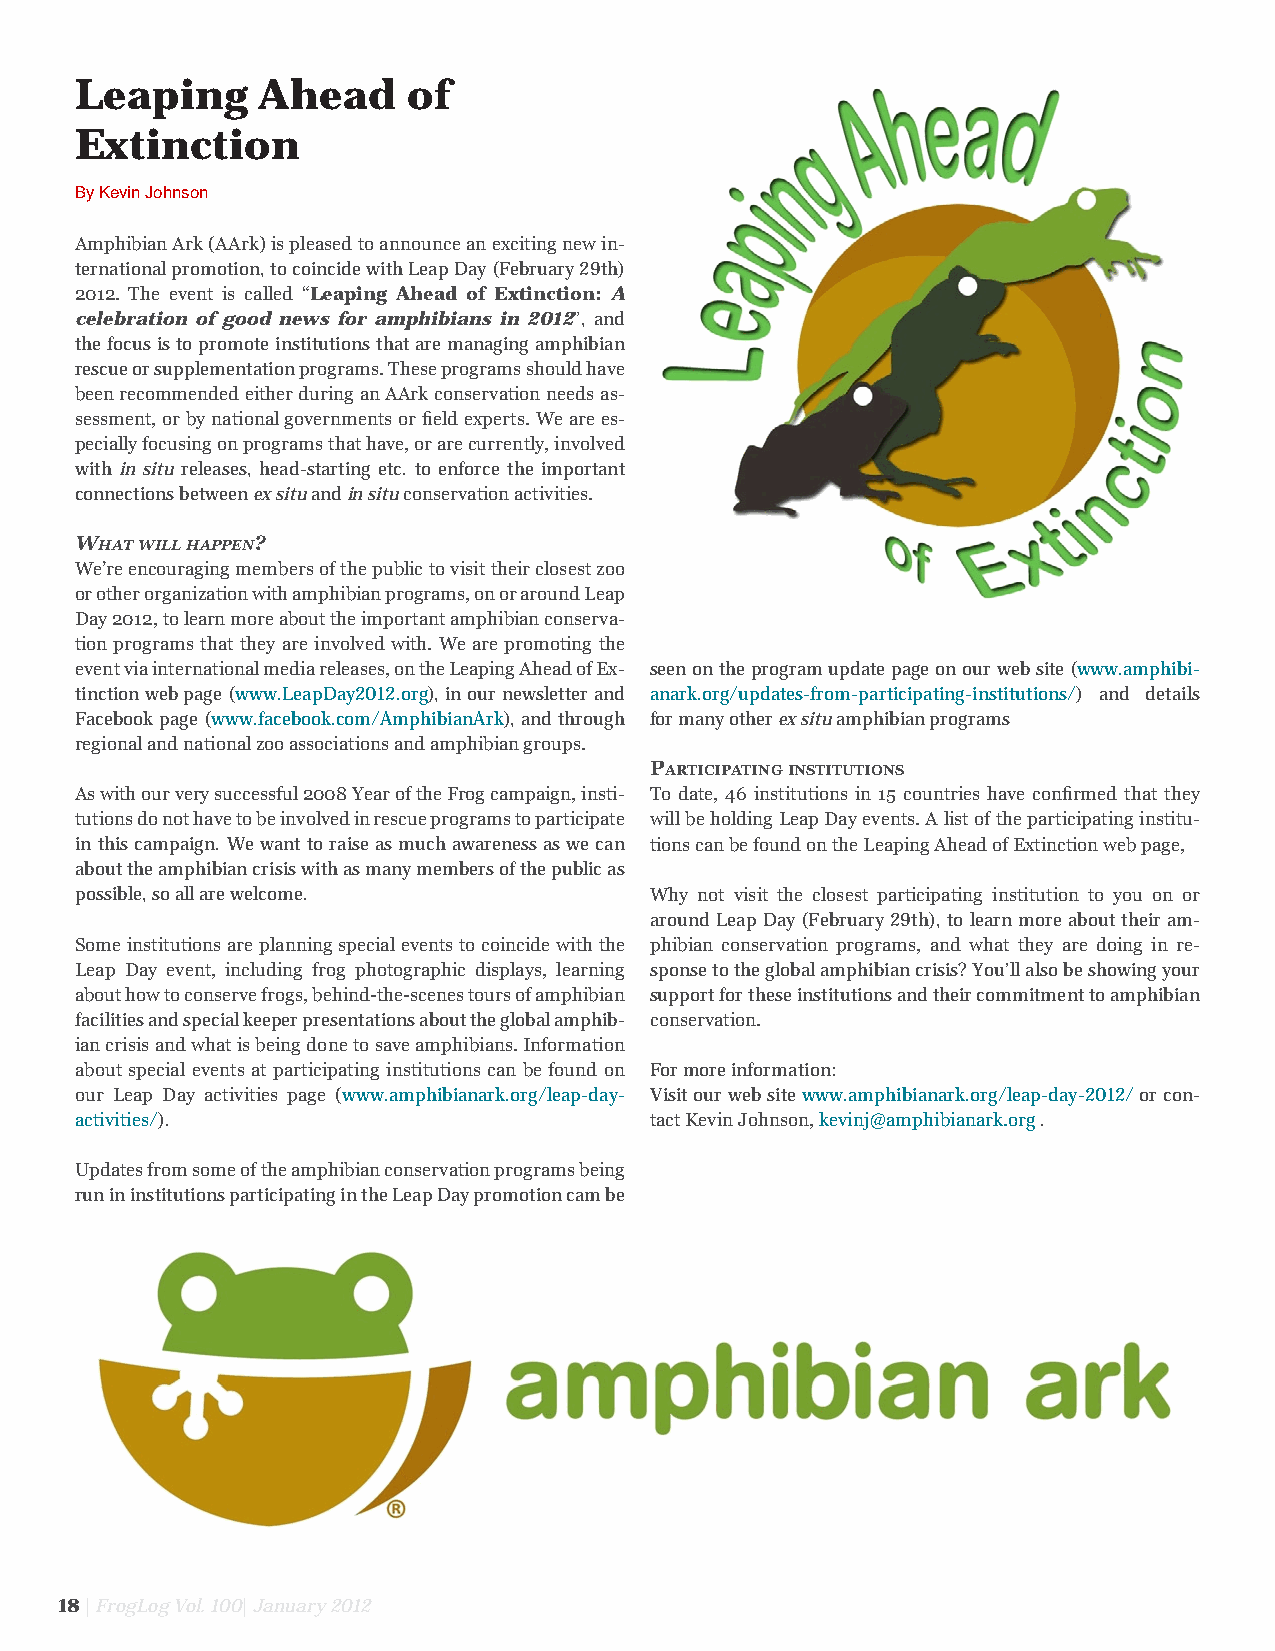
Leaping     Ahead     of
 Extinction
 By Kevin Johnson
 Amphibian Ark (AArk) is pleased to announce an exciting new in-
 ternational promotion, to coincide with Leap Day (February 29th)
 2012. The event is called “Leaping Ahead of Extinction: A
 celebration of good news for amphibians in 2012”, and
 the focus is to promote institutions that are managing amphibian
 rescue or supplementation programs. These programs should have
 E
 been recommended either during an AArk conservation needs as-
 sessment, or by national governments or field experts. We are es-
 pecially focusing on programs that have, or are currently, involved
 L
 with in situ releases, head-starting etc. to enforce the important
 connections between ex situ and in situ conservation activities.
 WhAt Will hAppen?                                                                                              A                                         5
 We’re encouraging members of the public to visit their closest zoo
 or other organization with amphibian programs, on or around Leap                                                                                   $
 Day 2012, to learn more about the important amphibian conserva-
 S
 tion programs that they are involved with. We are promoting the
 y
 event via international media releases, on the Leaping Ahead of Ex- seen on the program update page on our web site (www.amphibi-
 tinction web page (www.LeapDay2012.org), in our newsletter and anark.org/updates-from-participating-institutions/) and details        l
 Facebook page (www.facebook.com/AmphibianArk), and through for many other ex situ amphibian programs                            n
 regional and national zoo associations and amphibian groups.
 PaRticiPating institutions                                                          o
 As with our very successful 2008 Year of the Frog campaign, insti- To date, 46 institutions in 15 countries have confirmed that they
 tutions do not have to be involved in rescue programs to participate will be holding Leap Day events. A list of the participating institu-
 in this campaign. We want to raise as much awareness as we can tions can be found on the Leaping Ahead of Extinction web page, w
 about the amphibian crisis with as many members of the public as
 possible, so all are welcome.         Why not visit the closest participating institution to you on or
 o
 around Leap Day (February 29th), to learn more about their am-
 Some institutions are planning special events to coincide with the phibian conservation programs, and what they are doing in re- N
 Leap Day event, including frog photographic displays, learning sponse to the global amphibian crisis? You’ll also be showing your
 about how to conserve frogs, behind-the-scenes tours of amphibian support for these institutions and their commitment to amphibian
 facilities and special keeper presentations about the global amphib- conservation.
 ian crisis and what is being done to save amphibians. Information
 about special events at participating institutions can be found on For more information:
 our Leap Day activities page (www.amphibianark.org/leap-day- Visit our web site www.amphibianark.org/leap-day-2012/ or con-
 activities/).                         tact Kevin Johnson, kevinj@amphibianark.org .
 Updates from some of the amphibian conservation programs being
 run in institutions participating in the Leap Day promotion cam be
 18 | FrogLog Vol. 100| January 2012